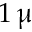
1 \, \upmu